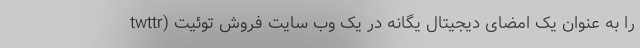
twttr) را به عنوان یک امضای دیجیتال یگانه در یک وب سایت فروش توئیت